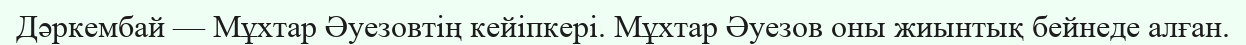
Дәркембай — Мұхтар Әуезовтің кейіпкері. Мұхтар Әуезов оны жиынтық бейнеде алған.